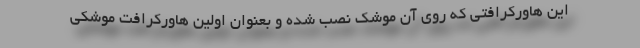
این هاورکرافتی که روی آن موشک نصب شده و بعنوان اولین هاورکرافت موشکی